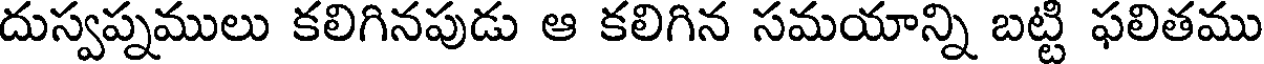
దుస్వప్నములు కలిగినపుడు ఆ కలిగిన సమయాన్ని బట్టి ఫలితము